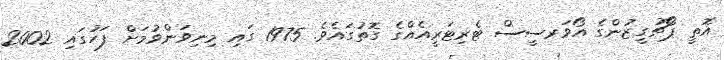
އޮތީ ޕޯޗުގީޒުންގެ އޯވަރސީސް ޓެރިޓަރީއެއްގެ ގޮތުގައެވެ. 1975 ގައި މިނިވަންވުމަށް ފަހުގައި 2002